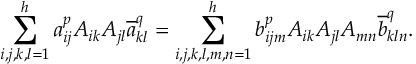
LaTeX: \sum _ { i , j , k , l = 1 } ^ { h } a _ { i j } ^ { p } A _ { i k } A _ { j l } \overline { { a } } _ { k l } ^ { q } = \sum _ { i , j , k , l , m , n = 1 } ^ { h } b _ { i j m } ^ { p } A _ { i k } A _ { j l } A _ { m n } \overline { { b } } _ { k l n } ^ { q } .